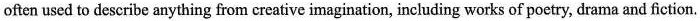
often used to describe anything from creative imagination, including works of poetry, drama and fiction.